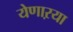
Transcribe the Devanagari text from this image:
येणाऱया